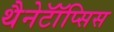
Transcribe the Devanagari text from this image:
थैनेटॉॅप्सिस